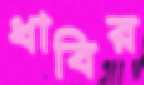
ধাবির